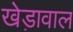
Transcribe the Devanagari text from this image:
खेड़ावाल